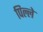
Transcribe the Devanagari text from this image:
पिल्‍ले